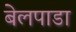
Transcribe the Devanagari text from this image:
बेलपाडा